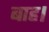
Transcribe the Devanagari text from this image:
बाह।